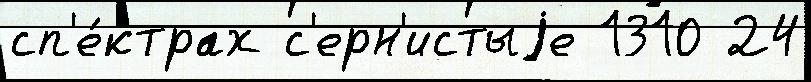
сп'е́ктрах с'ерн'истыjе 1310 24